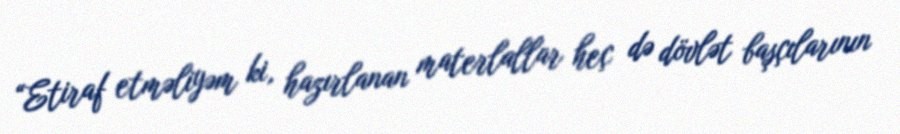
“Etiraf etməliyəm ki, hazırlanan materlallar heç də dövlət başçılarının